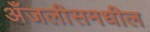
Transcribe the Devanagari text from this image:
अँजलीसमधील